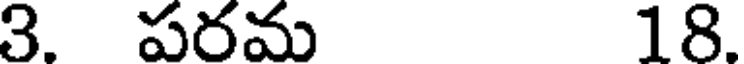
3. పరమ 18.